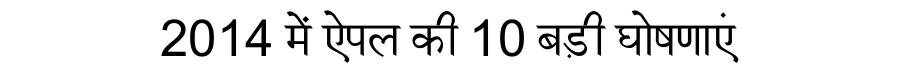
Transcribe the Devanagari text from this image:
2014 में ऐपल की 10 बड़ी घोषणाएं